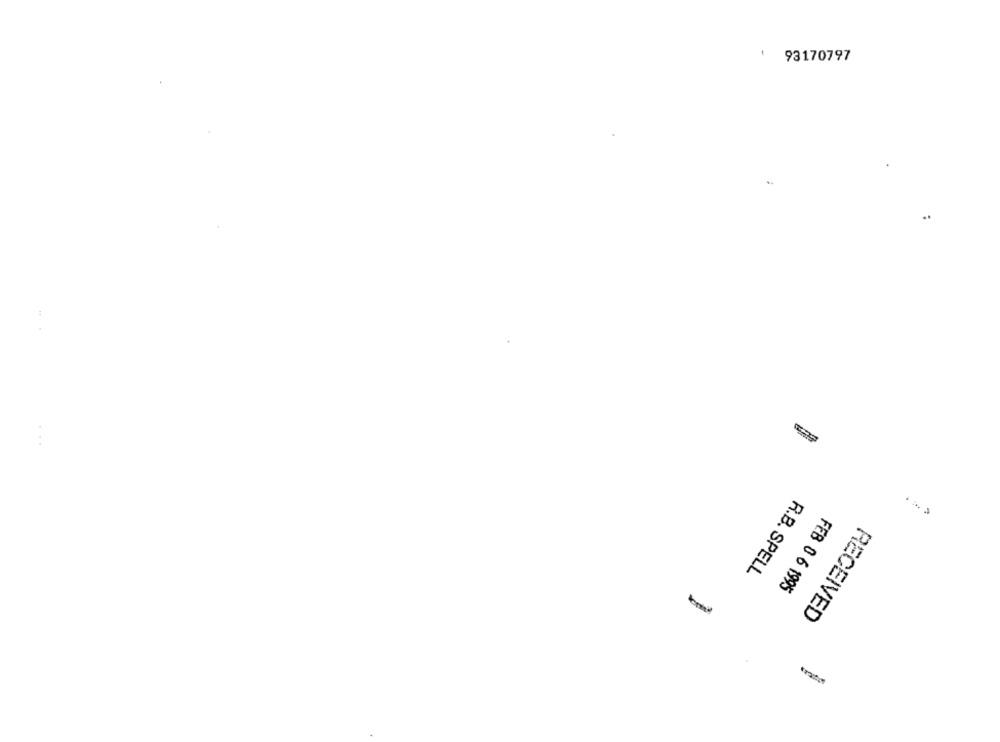
93170797
R.B. SPELL
FEB 0 6 1995
RECEIVED